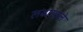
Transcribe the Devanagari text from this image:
लढ्यातले